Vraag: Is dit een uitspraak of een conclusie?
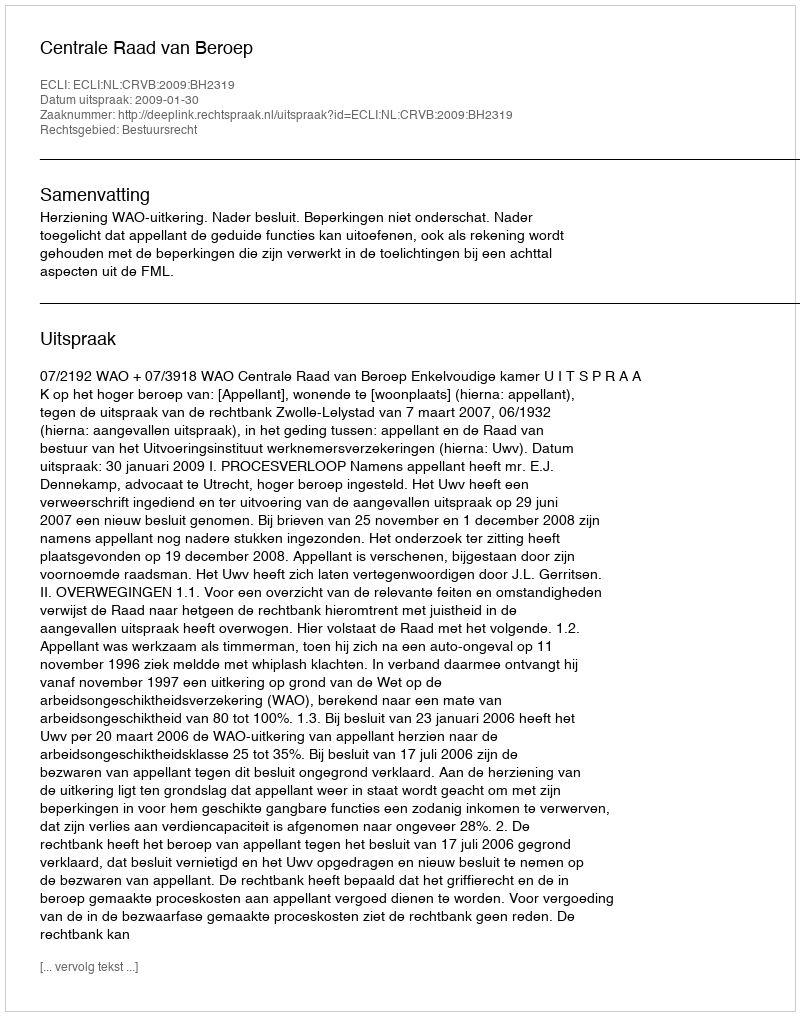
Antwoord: Uitspraak